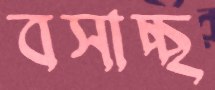
বসাচ্ছ